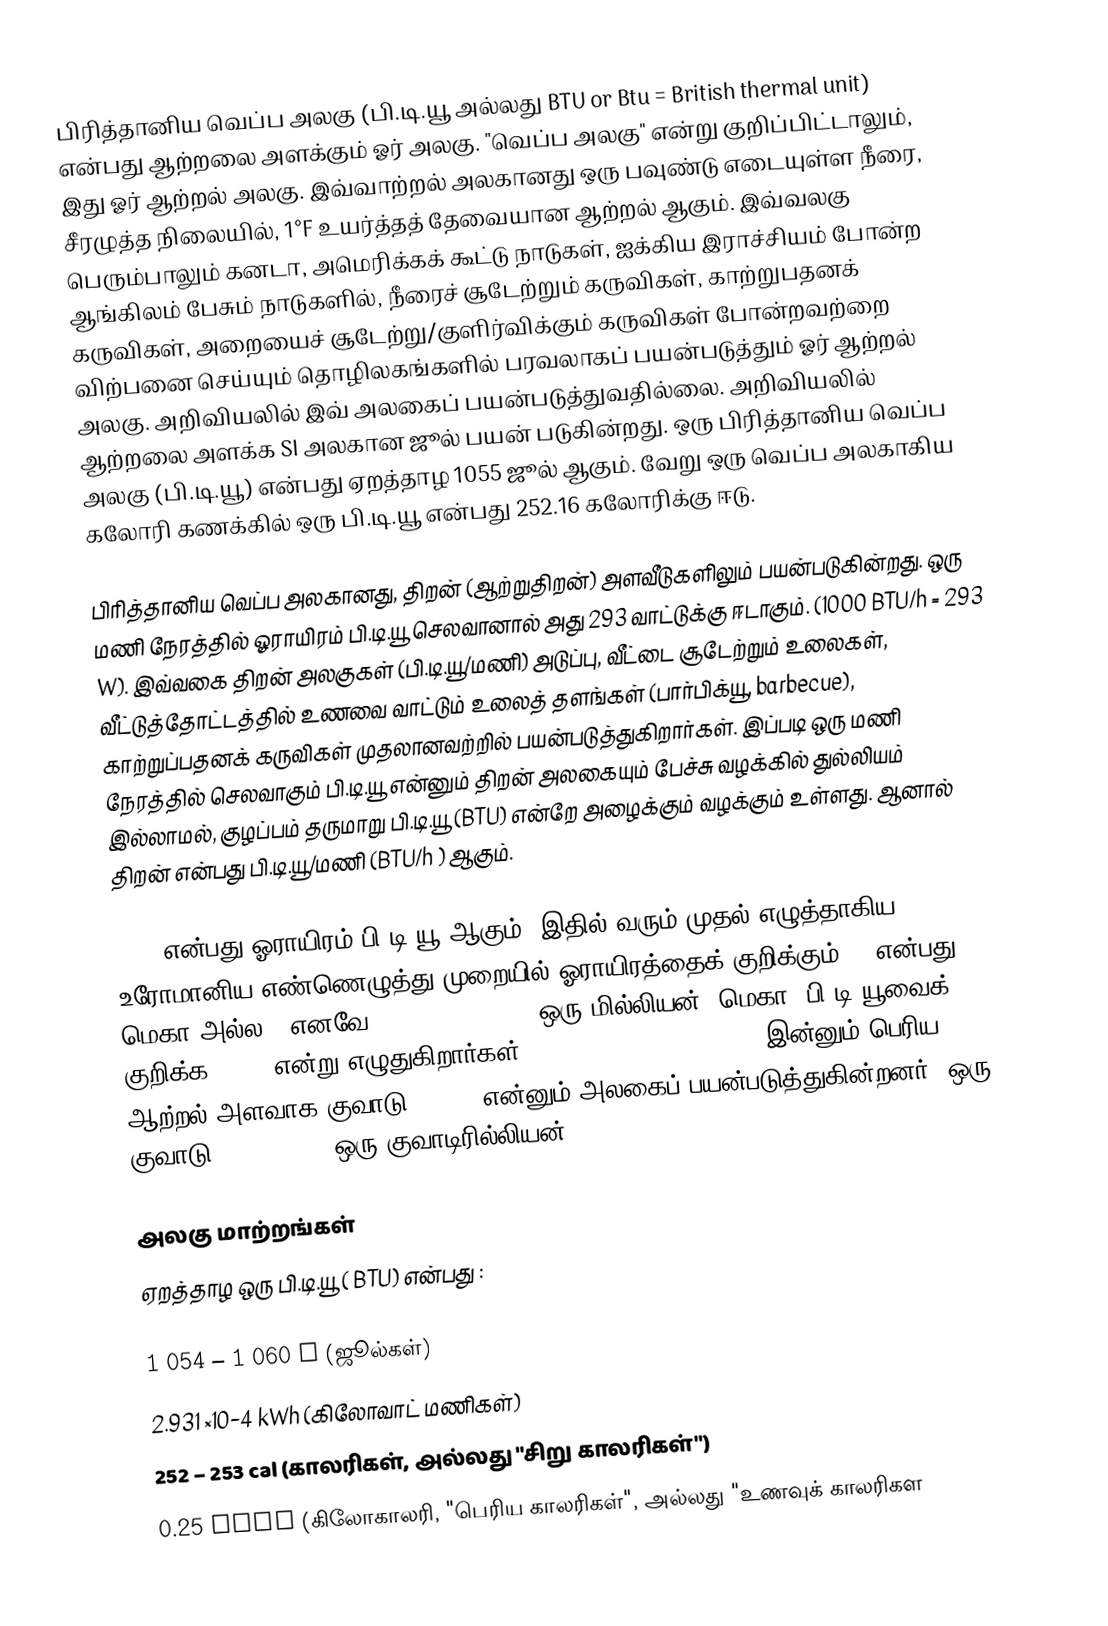
பிரித்தானிய வெப்ப அலகு (பி.டி.யூ அல்லது BTU or Btu = British thermal unit) என்பது ஆற்றலை அளக்கும் ஓர் அலகு. "வெப்ப அலகு" என்று குறிப்பிட்டாலும், இது ஓர் ஆற்றல் அலகு. இவ்வாற்றல் அலகானது ஒரு பவுண்டு எடையுள்ள நீரை, சீரழுத்த நிலையில், 1°F உயர்த்தத் தேவையான ஆற்றல் ஆகும். இவ்வலகு பெரும்பாலும் கனடா, அமெரிக்கக் கூட்டு நாடுகள், ஐக்கிய இராச்சியம் போன்ற ஆங்கிலம் பேசும் நாடுகளில், நீரைச் சூடேற்றும் கருவிகள், காற்றுபதனக் கருவிகள், அறையைச் சூடேற்று/குளிர்விக்கும் கருவிகள் போன்றவற்றை விற்பனை செய்யும் தொழிலகங்களில் பரவலாகப் பயன்படுத்தும் ஓர் ஆற்றல் அலகு. அறிவியலில் இவ் அலகைப் பயன்படுத்துவதில்லை. அறிவியலில் ஆற்றலை அளக்க SI அலகான ஜூல் பயன் படுகின்றது. ஒரு பிரித்தானிய வெப்ப அலகு (பி.டி.யூ) என்பது ஏறத்தாழ 1055 ஜூல் ஆகும். வேறு ஒரு வெப்ப அலகாகிய கலோரி கணக்கில் ஒரு பி.டி.யூ என்பது 252.16 கலோரிக்கு ஈடு.

பிரித்தானிய வெப்ப அலகானது, திறன் (ஆற்றுதிறன்) அளவீடுகளிலும் பயன்படுகின்றது. ஒரு மணி நேரத்தில் ஓராயிரம் பி.டி.யூ செலவானால் அது 293 வாட்டுக்கு ஈடாகும். (1000 BTU/h = 293 W). இவ்வகை திறன் அலகுகள் (பி.டி.யூ/மணி) அடுப்பு, வீட்டை சூடேற்றும் உலைகள், வீட்டுத்தோட்டத்தில் உணவை வாட்டும் உலைத் தளங்கள் (பார்பிக்யூ, barbecue), காற்றுப்பதனக் கருவிகள் முதலானவற்றில் பயன்படுத்துகிறார்கள். இப்படி ஒரு மணி நேரத்தில் செலவாகும் பி.டி.யூ என்னும் திறன் அலகையும் பேச்சு வழக்கில் துல்லியம் இல்லாமல், குழப்பம் தருமாறு பி.டி.யூ (BTU) என்றே அழைக்கும் வழக்கும் உள்ளது. ஆனால் திறன் என்பது பி.டி.யூ/மணி (BTU/h ) ஆகும்.

MBTU என்பது ஓராயிரம் பி.டி.யூ ஆகும். இதில் வரும் முதல் எழுத்தாகிய M உரோமானிய எண்ணெழுத்து முறையில் ஓராயிரத்தைக் குறிக்கும் (M என்பது மெகா அல்ல). எனவே MBTU = 1000 BTU. ஒரு மில்லியன் (மெகா) பி.டி.யூவைக் குறிக்க MMBTU என்று எழுதுகிறார்கள். MMBTU = 1,000,000 BTU.. இன்னும் பெரிய ஆற்றல் அளவாக குவாடு (quad) என்னும் அலகைப் பயன்படுத்துகின்றனர். ஒரு குவாடு =1015 BTU = ஒரு குவாடிரில்லியன் BTU.

அலகு மாற்றங்கள்
ஏறத்தாழ ஒரு பி.டி.யூ ( BTU) என்பது :

 1 054 – 1 060 J (ஜூல்கள்)
 2.931 ×10−4 kWh (கிலோவாட் மணிகள்)
 252 – 253 cal (காலரிகள், அல்லது "சிறு காலரிகள்")
 0.25 kcal (கிலோகாலரி, "பெரிய காலரிகள்", அல்லது "உணவுக் காலரிகள